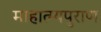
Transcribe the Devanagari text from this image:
माहात्म्यपुराण